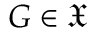
G \in { \mathfrak { X } }